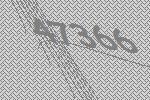
47366